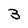
Character: 3